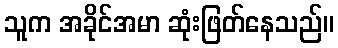
သူက အခိုင်အမာ ဆုံးဖြတ်နေသည်။